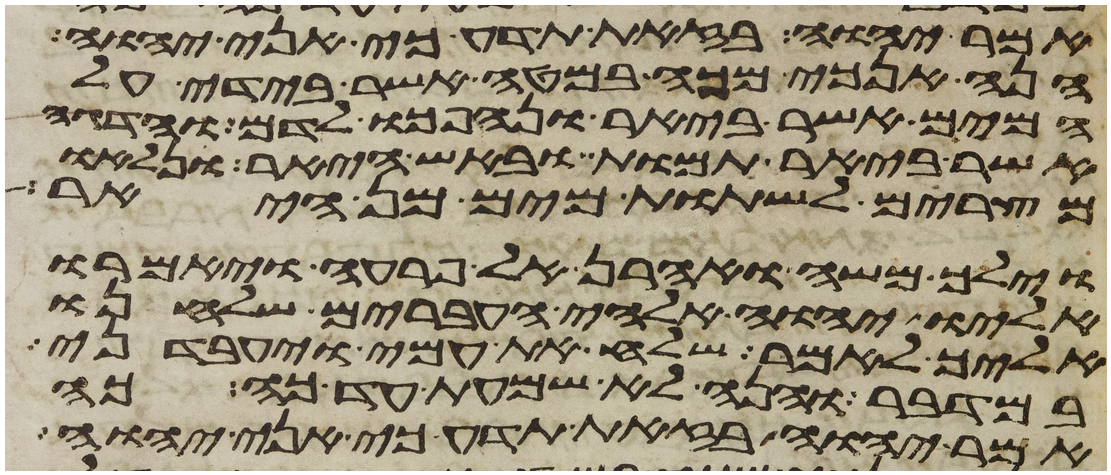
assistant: אמר יהוה בזאת תדע כי אני יהוה
הנה אנכי מכה במטה אשר בידי על
המים אשר ביאר ונהפכו לדם והדגה
אשר ביאר תמות ובאש היאר ונלאו
מצרים לשתות מים מן היאר
וילך משה ואהרן אל פרעה ויאמרו
אליו יהוה אלהי העברים שלחנו
אליך לאמר שלח את עמי ויעבדני
במדבר והנה לא שמעת עד כה כה
אמר יהוה בזאת תדע כי אני יהוה